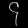
Digit: ၄